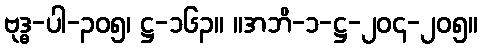
ဗုဒ္ဓ-ပါ-၃၀၅၊ ဋ္ဌ-၁၆၃။ ။အဘိ-၁-ဋ္ဌ-၂၀၄-၂၀၅။